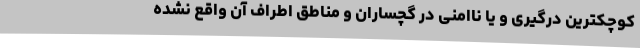
کوچکترین درگیری و یا ناامنی در گچساران و مناطق اطراف آن واقع نشده